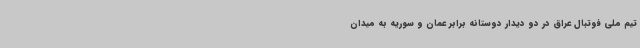
تیم ملی فوتبال عراق در دو دیدار دوستانه برابر عمان و سوریه به میدان